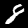
Digit: 8